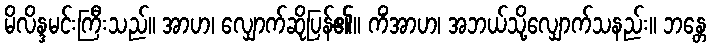
မိလိန္ဒမင်းကြီးသည်။ အာဟ၊ လျှောက်ဆိုပြန်၏။ ကိံအာဟ၊ အဘယ်သို့လျှောက်သနည်း။ ဘန္တေ